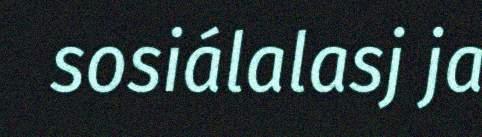
sosiálalasj ja